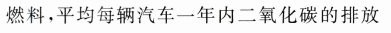
燃料，平均每辆汽车一年内二氧化碳的排放